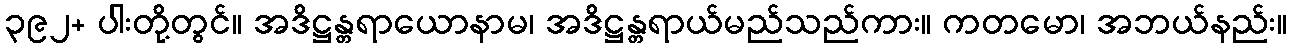
၃၉၂+ ပါးတို့တွင်။ အဒိဋ္ဌန္တရာယောနာမ၊ အဒိဋ္ဌန္တရာယ်မည်သည်ကား။ ကတမော၊ အဘယ်နည်း။